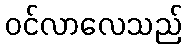
ဝင်လာလေသည်